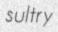
sultry